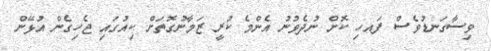
ވިސާގަނޑުވެސް ފައހި ކޮށް ނުދެވުނު އެންމެ ކުރީ ޒަމާނުގޮތަށް ކިއުގައި ޖެހިގެން އުޅޭން